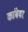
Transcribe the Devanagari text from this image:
कांबेवर